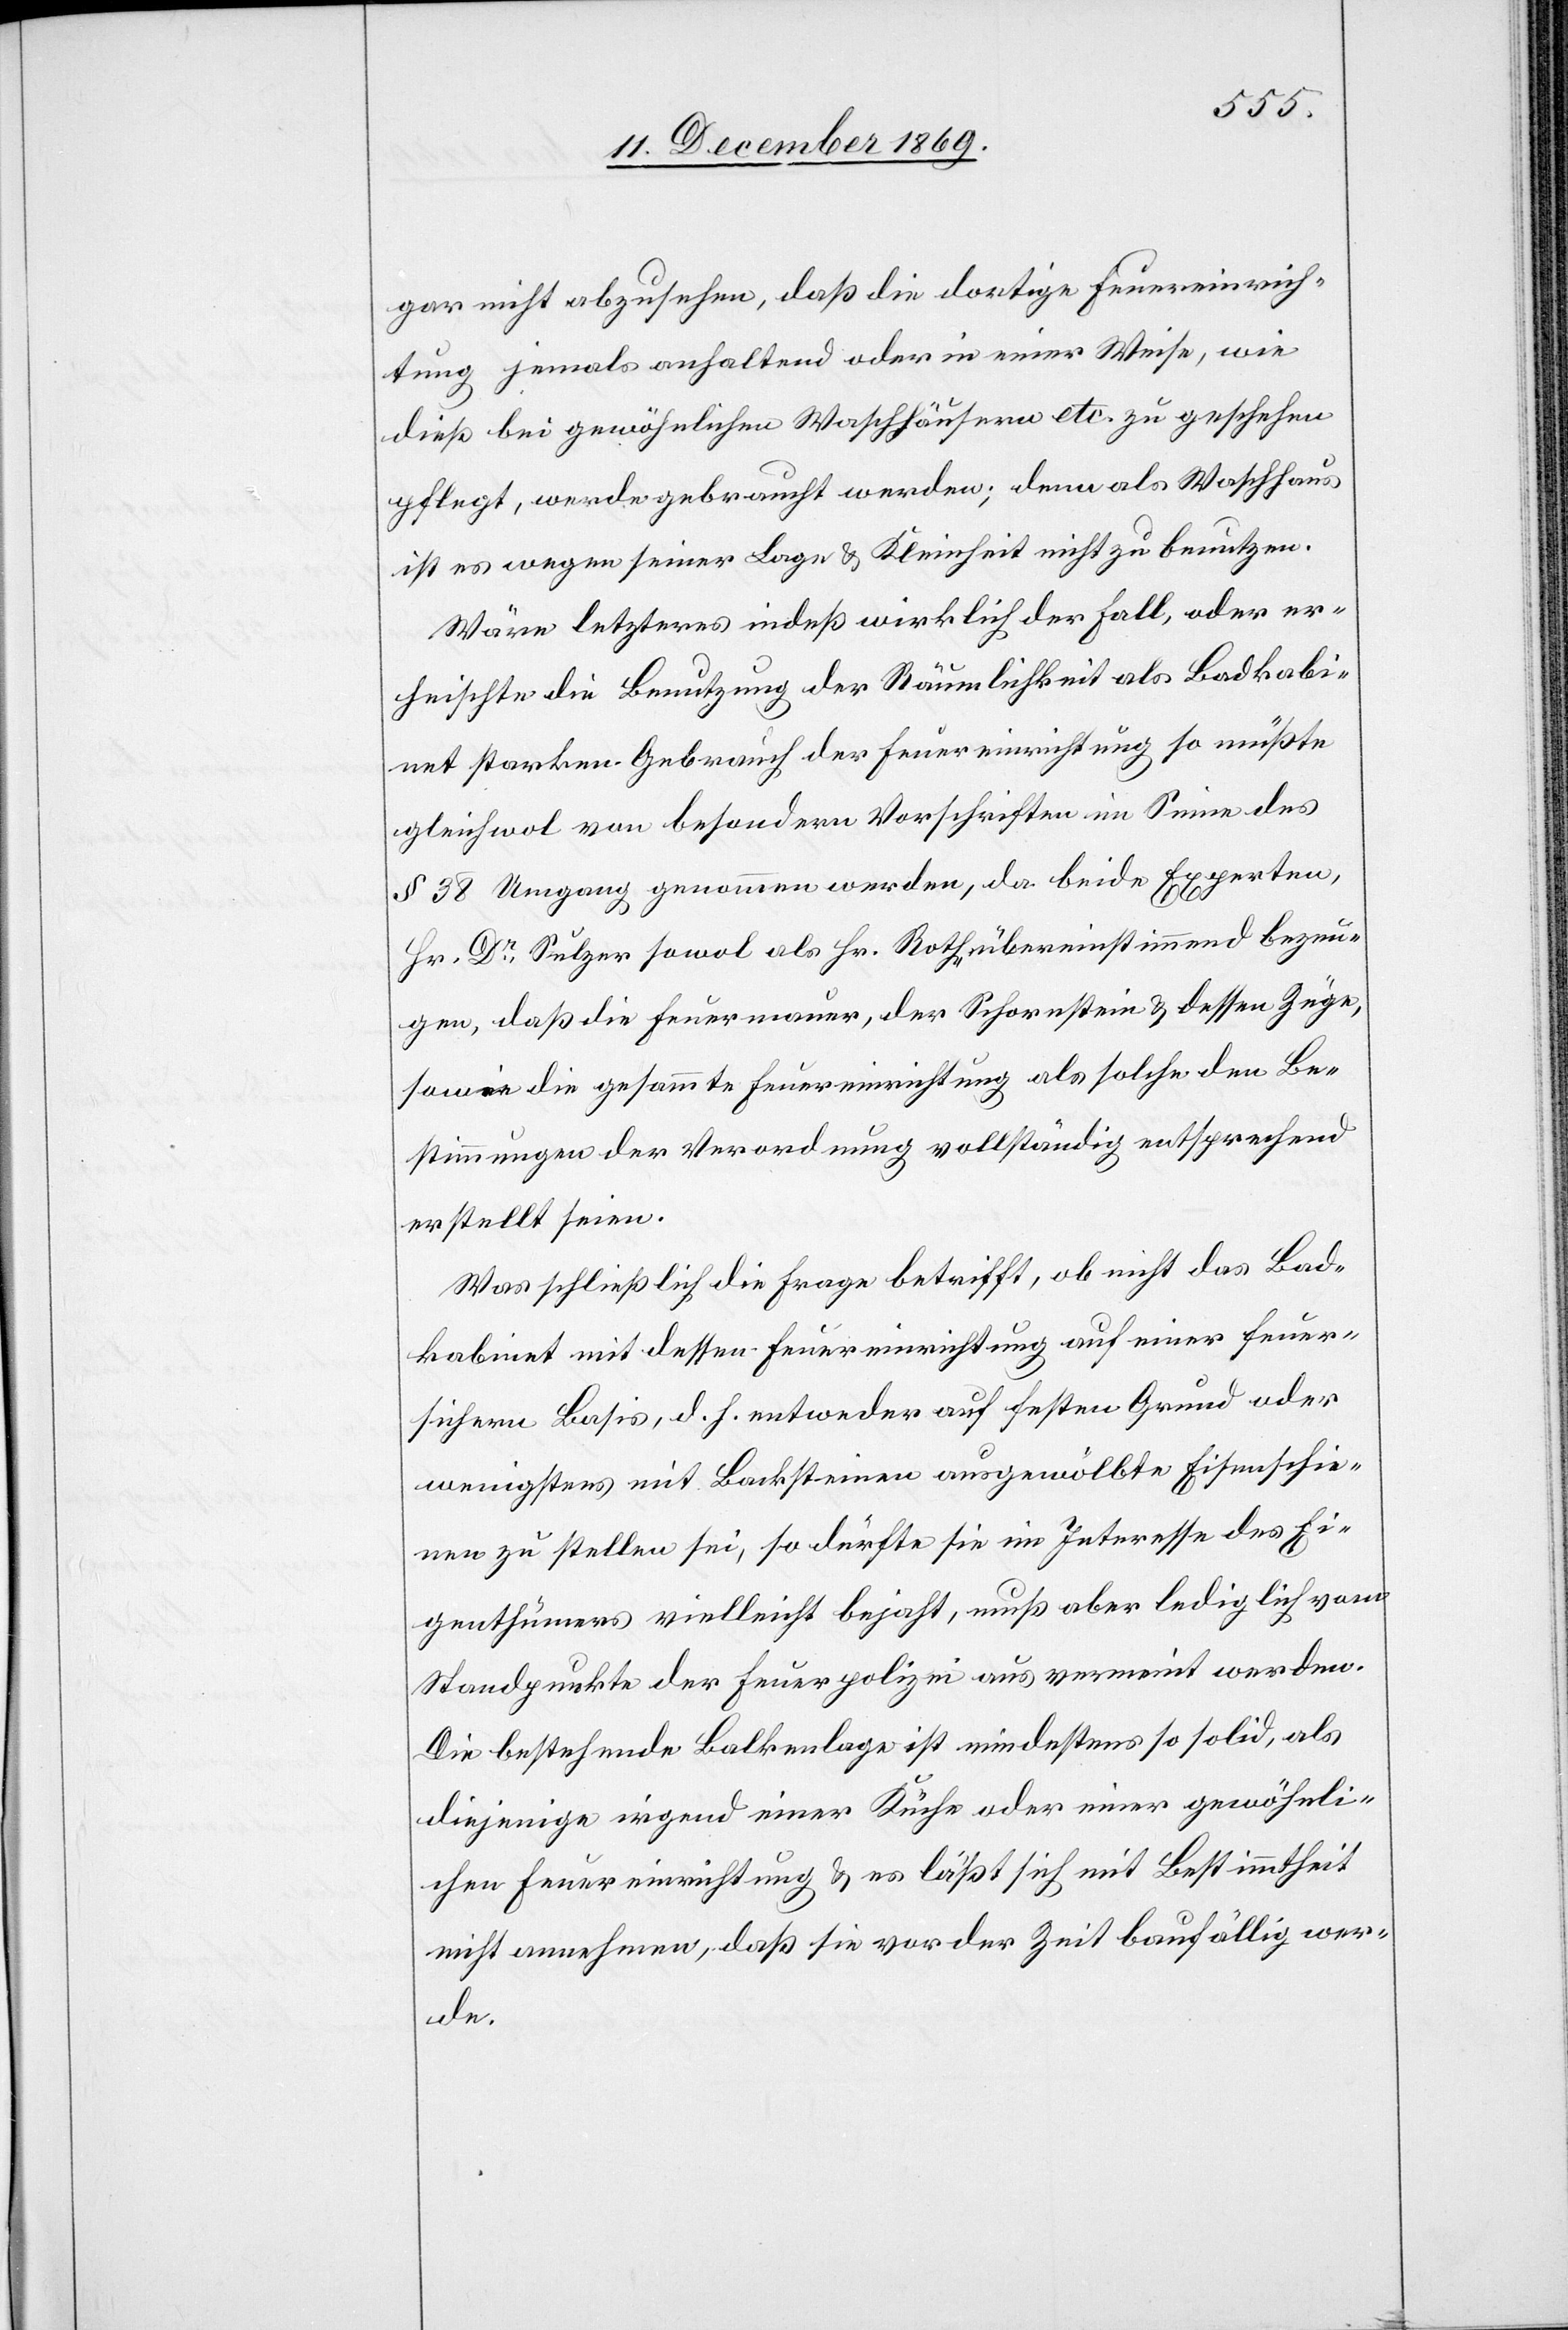
gar nicht abzusehen, daß die dortige Feuereinrich¬
tung jemals anhaltend oder in einer Weise, wie
dieß bei gewöhnlichen Waschhäusern etc. zu geschehen
pflegt, werde gebraucht werden; denn als Waschhaus
ist es wegen seiner Lage & Kleinheit nicht zu benutzen.
Wäre letzteres indeß wirklich der Fall, oder er¬
heischte die Benutzung der Räumlichkeit als Badkabi¬
net starken Gebrauch der Feuereinrichtung so müßte
gleichwol von besondern Vorschriften im Sinne des
§ 38 Umgang genommen werden, da beide Experten,
Hr. Dr Sulzer sowol als Hr. Roth, übereinstimmend bezeu¬
gen, daß die Feuermauer, der Schornstein & dessen Züge,
sowie die gesammte Feuereinrichtung als solche den Be¬
stimmungen der Verordnung vollständig entsprechend
erstellt seien.
Was schließlich die Frage betrifft, ob nicht das Bad¬
kabinet mit dessen Feuereinrichtung auf einer feuer¬
sichern Basis, d. h. entweder auf festen Grund oder
wenigstens mit Backsteinen ausgewölbte Eisenschie¬
nen zu stellen sei, so dürfte sie im Interesse des Ei¬
genthümers vielleicht bejaht, muß aber lediglich vom
Standpunkte der Feuerpolizei aus verneint werden.
Die bestehende Balkenlage ist mindestens so solid, als
diejenige irgend einer Küche oder einer gewöhnli¬
chen Feuereinrichtung & es läßt sich mit Bestimmtheit
nicht annehmen, daß sie vor der Zeit baufällig wer¬
de.